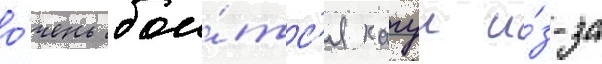
о́чень бои́тс'я кагуи и́з-за